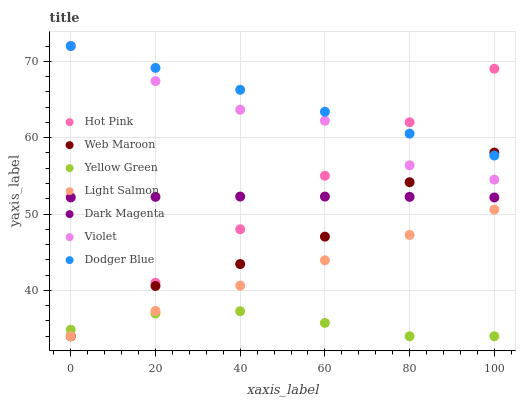
| xaxis_label | Hot Pink | Web Maroon | Yellow Green | Light Salmon | Dark Magenta | Violet | Dodger Blue |
 | --- | --- | --- | --- | --- | --- | --- | --- |
 | 0 | 34 | 34 | 34.8 | 34 | 52.2 | 72 | 72 |
 | 20 | 41 | 40.6 | 37 | 37.3 | 52.3 | 67.4 | 69.1 |
 | 40 | 48 | 43.5 | 37.3 | 40.6 | 52.3 | 63.7 | 66.3 |
 | 60 | 55 | 47 | 35.7 | 43.9 | 52.3 | 62.2 | 63.4 |
 | 80 | 62 | 54.2 | 34 | 47.3 | 52.2 | 56.4 | 60.5 |
 | 100 | 69 | 58 | 34 | 50.6 | 52.2 | 54.5 | 57.7 |